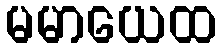
မမာယေထ